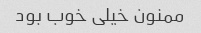
ممنون خیلی خوب بود